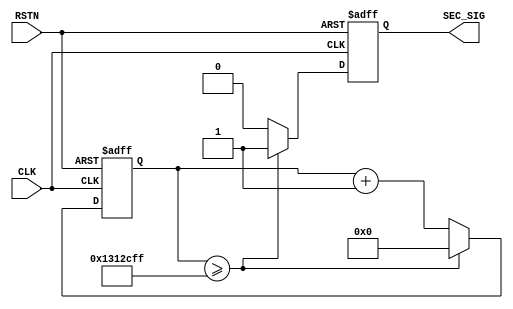
/*------------------------------------------------------------------------------
--      File Name = time_manager.v                                            --
--                                                                            --
--      Design    = Second Signal Create                                      --
--                                                                            --
--      Revision  = 1.0         Date: 2012.04.26                               --
------------------------------------------------------------------------------*/   
module time_manager(
	//input
		CLK,
		RSTN,
	//output
		SEC_SIG
);

//--- input --------------------------------------------------------------
input CLK;
input RSTN;

//--- output -------------------------------------------------------------
output SEC_SIG;

//--- reg ----------------------------------------------------------------
reg [27:0] SEC_COUNT;
reg SEC_SIG;

	always@( posedge CLK or negedge RSTN) begin
  		if( !RSTN )begin
    		SEC_COUNT <= 28'd0;
		end
		else if( SEC_COUNT >= 28'd20000000 - 28'd1)begin
			SEC_COUNT <= 28'd0;
		end
  		else begin
    		SEC_COUNT <= SEC_COUNT + 28'd1;
		end
	end

	always@( posedge CLK or negedge RSTN) begin
		if( !RSTN )begin
    		SEC_SIG <= 1'b0;
		end
  		else if( SEC_COUNT >= 28'd20000000 - 28'd1 )begin
    		SEC_SIG <= 1'b1;
		end
  		else begin
   	 		SEC_SIG <= 1'b0;
		end
	end

endmodule